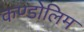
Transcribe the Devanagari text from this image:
कण्डोलिम